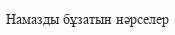
Намазды бұзатын нәрселер